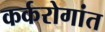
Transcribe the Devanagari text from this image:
कर्करोगांत